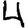
Digit: 4